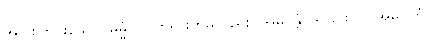
အပြစ်ကင်းသော။ ဓမ္မံ ဝါ၊ တရားကိုမူလည်း။ အဓိဂန္တုံ၊ ရခြင်းငှာ။ အဓိဂတံ၊